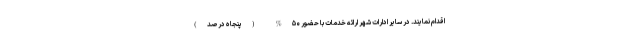
اقدام نمایند. در سایر ادارات شهر ارائه خدمات با حضور ۵۰% (پنجاه درصد)